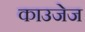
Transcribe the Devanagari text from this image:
काउजेज